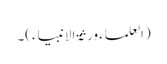
(العلماء ورثۃ الانبیاء)۔